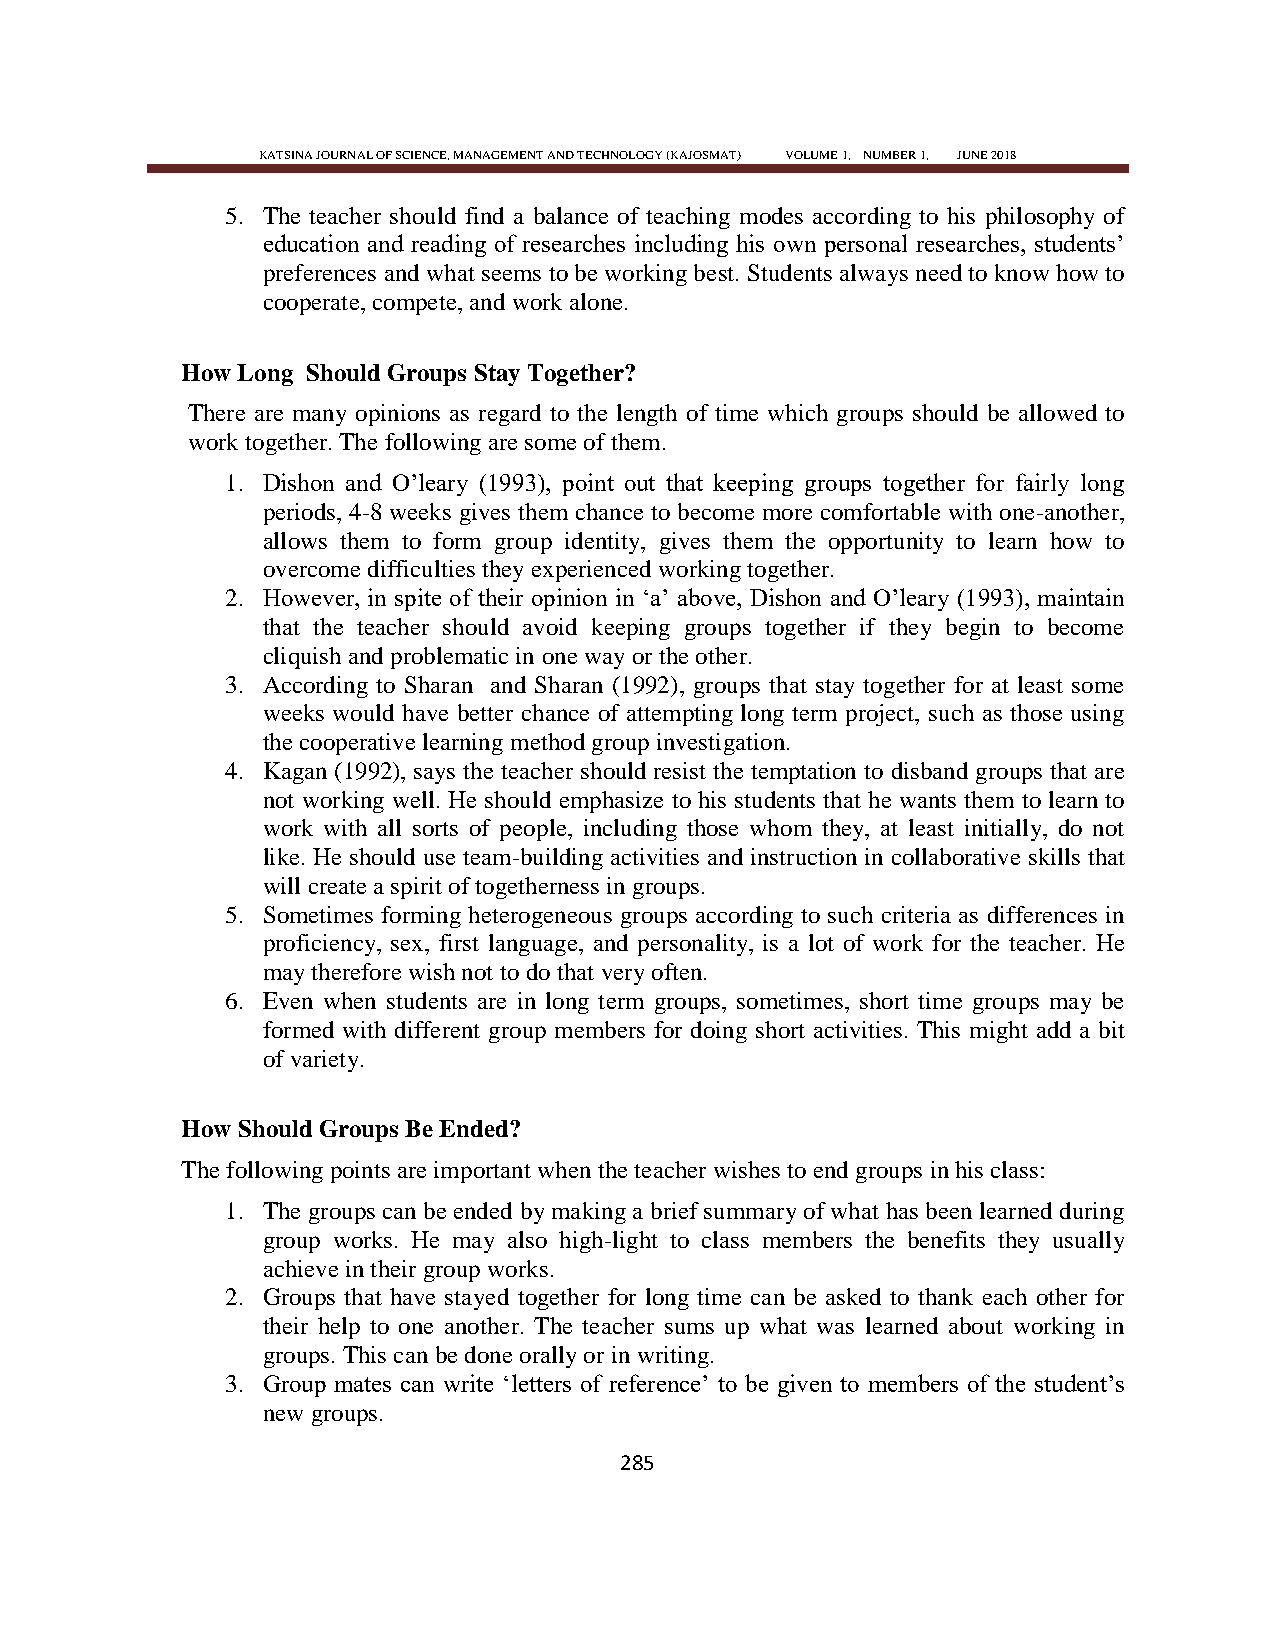
KATSINA JOURNAL OF SCIENCE, MANAGEMENT AND TECHNOLOGY (KAJOSMAT) VOLUME 1, NUMBER 1, JUNE 2018
 5. The teacher should find a balance of teaching modes according to his philosophy of
 education and reading of researches including his own personal researches, students‘
 preferences and what seems to be working best. Students always need to know how to
 cooperate, compete, and work alone.
 How Long Should Groups Stay Together?
 There are many opinions as regard to the length of time which groups should be allowed to
 work together. The following are some of them.
 1. Dishon and O‘leary (1993), point out that keeping groups together for fairly long
 periods, 4-8 weeks gives them chance to become more comfortable with one-another,
 allows them to form group identity, gives them the opportunity to learn how to
 overcome difficulties they experienced working together.
 2. However, in spite of their opinion in ‗a‘ above, Dishon and O‘leary (1993), maintain
 that the teacher should avoid keeping groups together if they begin to become
 cliquish and problematic in one way or the other.
 3. According to Sharan and Sharan (1992), groups that stay together for at least some
 weeks would have better chance of attempting long term project, such as those using
 the cooperative learning method group investigation.
 4. Kagan (1992), says the teacher should resist the temptation to disband groups that are
 not working well. He should emphasize to his students that he wants them to learn to
 work with all sorts of people, including those whom they, at least initially, do not
 like. He should use team-building activities and instruction in collaborative skills that
 will create a spirit of togetherness in groups.
 5. Sometimes forming heterogeneous groups according to such criteria as differences in
 proficiency, sex, first language, and personality, is a lot of work for the teacher. He
 may therefore wish not to do that very often.
 6. Even when students are in long term groups, sometimes, short time groups may be
 formed with different group members for doing short activities. This might add a bit
 of variety.
 How Should Groups Be Ended?
 The following points are important when the teacher wishes to end groups in his class:
 1. The groups can be ended by making a brief summary of what has been learned during
 group works. He may also high-light to class members the benefits they usually
 achieve in their group works.
 2. Groups that have stayed together for long time can be asked to thank each other for
 their help to one another. The teacher sums up what was learned about working in
 groups. This can be done orally or in writing.
 3. Group mates can write ‗letters of reference‘ to be given to members of the student‘s
 new groups.
 285